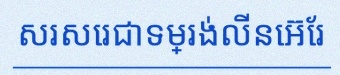
សរសេរជាទម្រង់លីនេអ៊ែរ